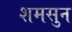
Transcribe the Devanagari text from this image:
शमसुन